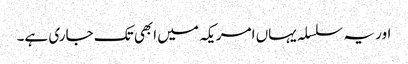
اور یہ سلسلہ یہاں امریکہ میں ابھی تک جاری ہے۔